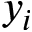
y _ { i }